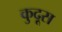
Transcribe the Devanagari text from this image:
कुदूस